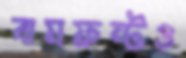
বামফ্রন্টও